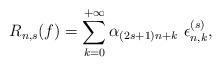
LaTeX: \begin{align*}R_{n,s}(f)=\sum_{k=0}^{+\infty}\alpha_{(2s+1)n+k}\ \epsilon_{n,k}^{(s)},\end{align*}